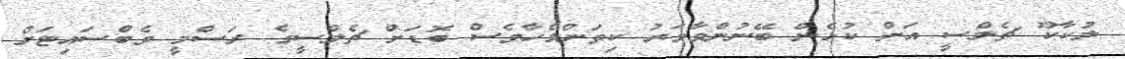
ލުކާކޫ ޗެލްސީ އަށް ކުޅެން ބޭނުންވާވަރު ކިތަންމެހާވެސް ބޮޑަށް ޗެލްސީގެ ރަސްމީ ވެބްސައިޓަށް